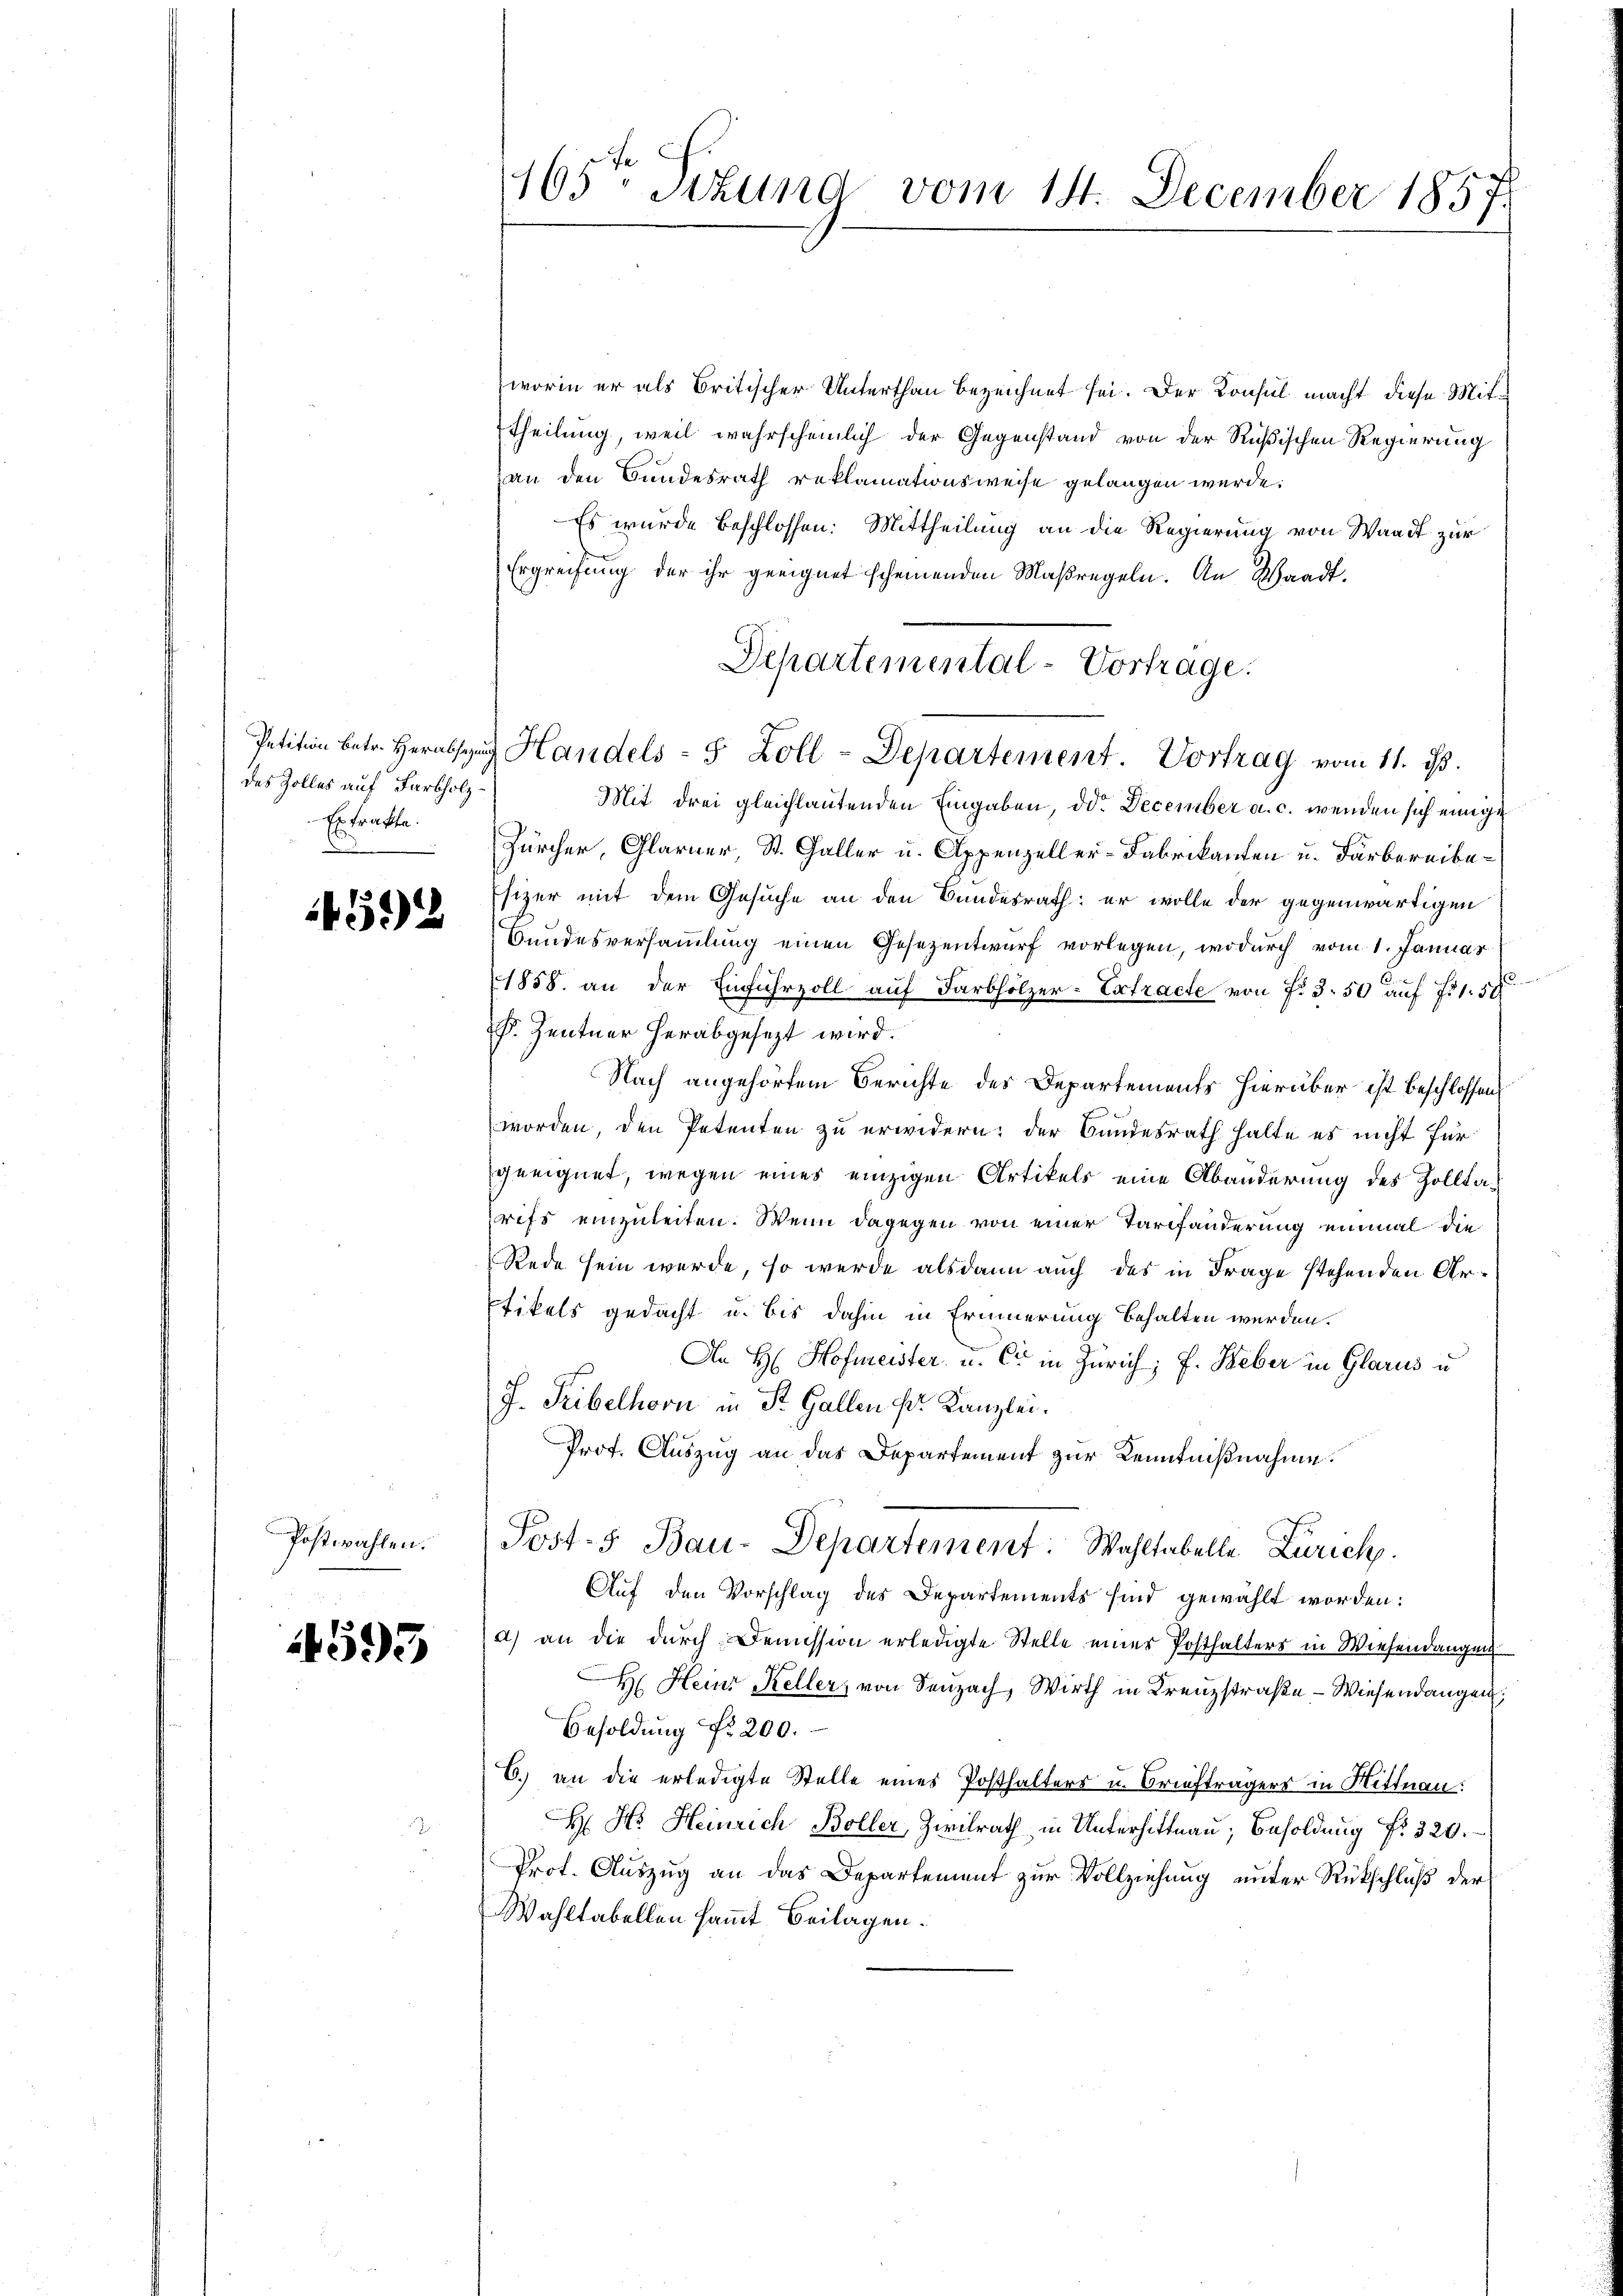
des Zolles auf Farbholz¬
Extrakte.

4592

Postwahlen.

595

465ten Sizung vom 14. December 1857.

worin er als Britischer Unterthan bezeichnet sei. Der Konsul macht diese Mittheilung, weil wahrscheinlich der Gegenstand von der Rußischen Regierung
(an den Bundesrath reklamationsweise gelangen werde.
Es wurde beschlossen: Mittheilung an die Regierung von Waadt zur
Ergreifung der ihr geeignet scheinenden Maßregeln. An Waadt.
Departemental-Vortrage:
Petition betr. Herabsŭg Handels- 5 Zoll-Departement. Vortrag vom 11. ist.
Mit drei gleichlautenden Eingaben, der December a. c. wenden sich einige
Zürcher, Glarner, St. Galler u. Appenzeller-Fabrikanten u. Färbereibe¬
Esizer mit dem Gesuche an den Bundesrath: er wolle der gegenwärtigen
bundesversammlung einen Gesezentwurf vorlegen, wodurch vom 1. Januar
1858. an der Einfuhrzoll auf Farbhölzer-Extracte von Fr. 3. 50 auf 751. 50
P. Zentner herabgesezt wird.
Nach angehörtem Berichte des Departements hierüber ist beschlossen,
worden, den Petenten zu erwidern; der Bundesrath halte es nicht für
geeignet, wegen eines einzigen Artikels eine Abänderung des Zolltarifs einzuleiten. Wenn dagegen von einer Tarifänderung einmal die
Rede sein werde, so werde alsdann auch das in Frage stehenden Artikels gedacht u. bis dahin in Erinnerung behalten werden.
An H. Hofmeister u. Er in Zürich; f. Feber in Glarus u
J. Tribelhorn in St. Gallen fr. Kanzlei.
Prof. Auszug an das Departement zur Kenntnißnahme.
Post- 5. Bau-Departement: Wahltabelle Zürich.
Auf den Vorschlag des Departements sind gewählt worden:
a) an die durch Demission erledigte Stelle einer Posthalters in Wiesendangen
H. Heinr Keller, von Seuzach, Wirth in Kreuzstraße - Wiesendangen;
Besoldung Nr. 200.
C. an die erledigte Stelle eines Posthalters u. Briefträgers in Mittnau:
H Hs. Heinrich Boller, Zivilrath in Unterhittnau, Besoldung fr. 320.
Prot. Auszug an das Departement zur Vollziehung unter Rückschluß der
Wahltabellen sammt Beilagen.